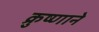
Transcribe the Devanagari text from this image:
क्रुष्णाने